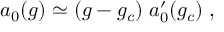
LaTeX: a _ { 0 } ( g ) \simeq ( g - g _ { c } ) \; a _ { 0 } ^ { \prime } ( g _ { c } ) \; ,